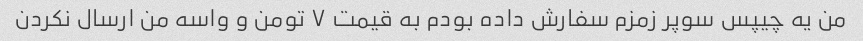
من یه چیپس سوپر زمزم سفارش داده بودم به قیمت ۷ تومن و واسه من ارسال نکردن